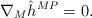
LaTeX: \begin{align*}\nabla_M \hat h^{MP} = 0. \end{align*}